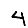
Digit: 4